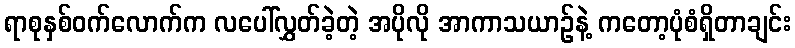
ရာစုနှစ်ဝက်လောက်က လပေါ်လွှတ်ခဲ့တဲ့ အပိုလို အာကာသယာဉ်နဲ့ ကတော့ပုံစံရှိတာချင်း